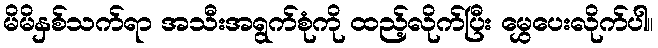
မိမိနှစ်သက်ရာ အသီးအရွက်စုံကို ထည့်လိုက်ပြီး မွှေပေးလိုက်ပါ။